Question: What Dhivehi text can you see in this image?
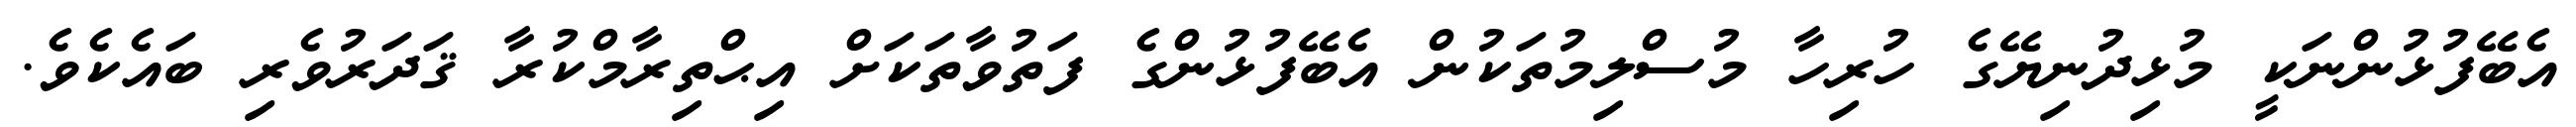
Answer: އެބޭފުޅުންނަކީ މުޅިދުނިޔޭގެ ހުރިހާ މުސްލިމުތަކުން އެބޭފުޅުންގެ ފަތުވާތަކަށް އިޙްތިރާމްކުރާ ޤަދަރުވެރި ބައެކެވެ.